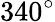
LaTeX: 340^{\circ}